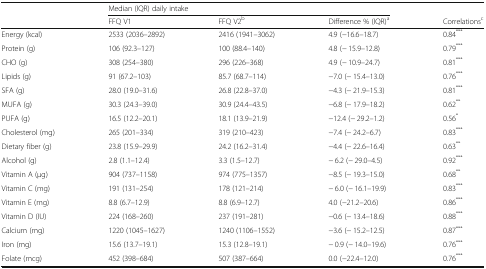
<table><thead><tr><td rowspan="2"></td><td colspan="3"><b>Median (IQR) daily intake</b></td><td></td></tr><tr><td><b>FFQ V1</b></td><td><b>FFQ V2<sup>b</sup></b></td><td><b>Difference % (IQR)<sup>a</sup></b></td><td><b>Correlations<sup>c</sup></b></td></tr></thead><tbody><tr><td>Energy (kcal)</td><td>2533 (2036–2892)</td><td>2416 (1941–3062)</td><td>4.9 (−16.6–18.7)</td><td>0.84<sup>***</sup></td></tr><tr><td>Protein (g)</td><td>106 (92.3–127)</td><td>100 (88.4–140)</td><td>4.8 (− 15.9–12.8)</td><td>0.79<sup>***</sup></td></tr><tr><td>CHO (g)</td><td>308 (254–380)</td><td>296 (226–368)</td><td>4.9 (− 10.9–24.7)</td><td>0.81<sup>***</sup></td></tr><tr><td>Lipids (g)</td><td>91 (67.2–103)</td><td>85.7 (68.7–114)</td><td>−7.0 (− 15.4–13.0)</td><td>0.76<sup>***</sup></td></tr><tr><td>SFA (g)</td><td>28.0 (19.0–31.6)</td><td>26.8 (22.8–37.0)</td><td>−4.3 (− 21.9–15.3)</td><td>0.81<sup>***</sup></td></tr><tr><td>MUFA (g)</td><td>30.3 (24.3–39.0)</td><td>30.9 (24.4–43.5)</td><td>−6.8 (− 17.9–18.2)</td><td>0.62<sup>**</sup></td></tr><tr><td>PUFA (g)</td><td>16.5 (12.2–20.1)</td><td>18.1 (13.9–21.9)</td><td>−12.4 (− 29.2–1.2)</td><td>0.56<sup>*</sup></td></tr><tr><td>Cholesterol (mg)</td><td>265 (201–334)</td><td>319 (210–423)</td><td>−7.4 (− 24.2–6.7)</td><td>0.83<sup>***</sup></td></tr><tr><td>Dietary fiber (g)</td><td>23.8 (15.9–29.9)</td><td>24.2 (16.2–31.4)</td><td>−4.4 (− 22.6–16.4)</td><td>0.63<sup>**</sup></td></tr><tr><td>Alcohol (g)</td><td>2.8 (1.1–12.4)</td><td>3.3 (1.5–12.7)</td><td>− 6.2 (− 29.0–4.5)</td><td>0.92<sup>***</sup></td></tr><tr><td>Vitamin A (μg)</td><td>904 (737–1158)</td><td>974 (775–1357)</td><td>−8.5 (− 19.3–15.0)</td><td>0.68<sup>**</sup></td></tr><tr><td>Vitamin C (mg)</td><td>191 (131–254)</td><td>178 (121–214)</td><td>− 6.0 (− 16.1–19.9)</td><td>0.83<sup>***</sup></td></tr><tr><td>Vitamin E (mg)</td><td>8.8 (6.7–12.9)</td><td>8.8 (6.9–12.7)</td><td>4.0 (−21.2–20.6)</td><td>0.86<sup>***</sup></td></tr><tr><td>Vitamin D (IU)</td><td>224 (168–260)</td><td>237 (191–281)</td><td>−0.6 (− 13.4–18.6)</td><td>0.88<sup>***</sup></td></tr><tr><td>Calcium (mg)</td><td>1220 (1045–1627)</td><td>1240 (1106–1552)</td><td>−3.6 (− 15.2–12.5)</td><td>0.87<sup>***</sup></td></tr><tr><td>Iron (mg)</td><td>15.6 (13.7–19.1)</td><td>15.3 (12.8–19.1)</td><td>− 0.9 (− 14.0–19.6)</td><td>0.76<sup>***</sup></td></tr><tr><td>Folate (mcg)</td><td>452 (398–684)</td><td>507 (387–664)</td><td>0.0 (−22.4–12.0)</td><td>0.76<sup>***</sup></td></tr></tbody></table>